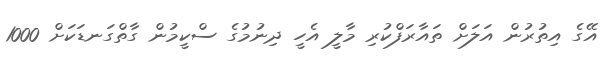
އޭގެ އިތުރުން އަލަށް ތައާރަފްކުރި މާލީ އެހީ ދިނުމުގެ ސްކީމުން ގާތްގަނޑަކަށް 1000